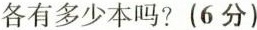
各有多少本吗?(6分)